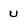
Character: U